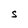
Character: S